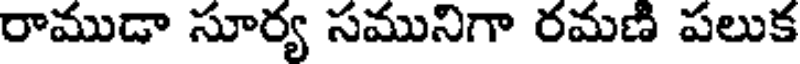
రాముడా సూర్య సమునిగా రమణి పలుక